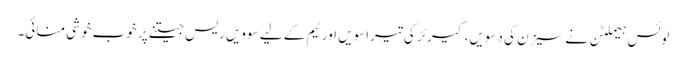
لوئس ہیملٹن نے سیزن کی دسویں، کیرئر کی تیراسویں اور ٹیم کے لیے سوویں ریس جیتنے پر خوب خوشی منائی۔